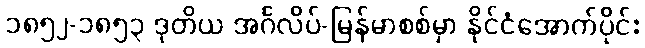
၁၈၅၂-၁၈၅၃ ဒုတိယ အင်္ဂလိပ်-မြန်မာစစ်မှာ နိုင်ငံအောက်ပိုင်း